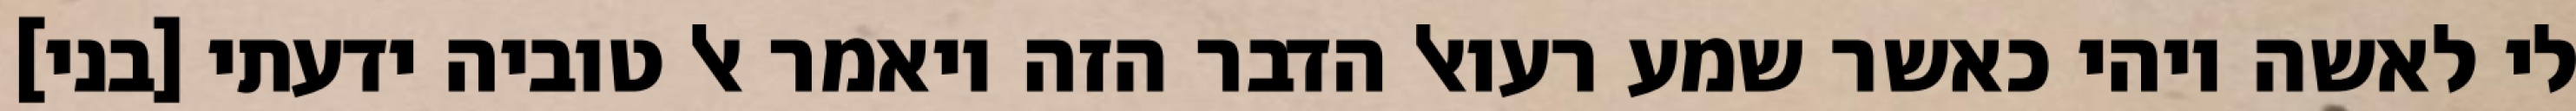
לי לאשה ויהי כאשר שמע רעואל הדבר הזה ויאמר אל טוביה ידעתי [בני]